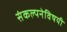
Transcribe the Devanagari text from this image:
संकल्पनेविषयी